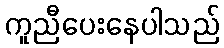
ကူညီပေးနေပါသည်